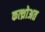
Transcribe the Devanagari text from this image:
कत्थ्रोअत